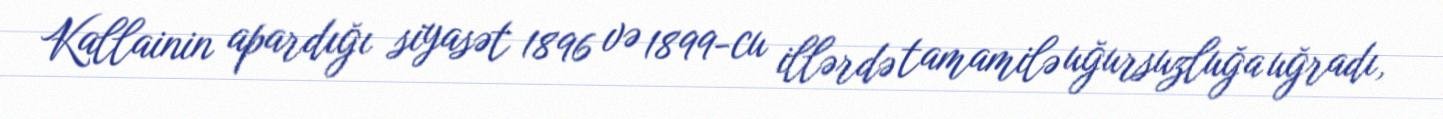
Kallainin apardığı siyasət 1896 və 1899-cu illərdə tamamilə uğursuzluğa uğradı,